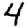
Digit: 4